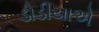
ડોડીયાએ